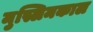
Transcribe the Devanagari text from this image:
मुस्लिमकाल